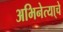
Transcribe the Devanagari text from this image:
अभिनेत्या्चे